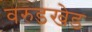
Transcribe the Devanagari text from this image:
वरुडखेड